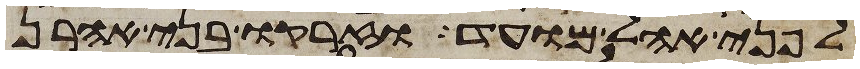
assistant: לפני אהל מועד וזרקו בני אהרן